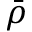
\bar { \rho }